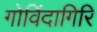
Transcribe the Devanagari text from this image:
गोविंदागिरि